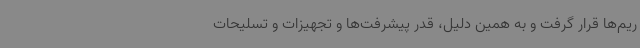
ریم‌ها قرار گرفت و به همین دلیل، قدر پیشرفت‌ها و تجهیزات و تسلیحات